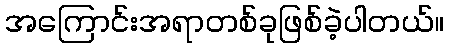
အကြောင်းအရာတစ်ခုဖြစ်ခဲ့ပါတယ်။